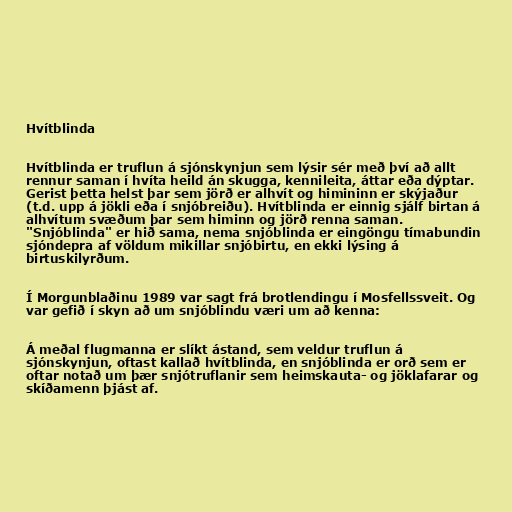
Hvítblinda

Hvítblinda er truflun á sjónskynjun sem lýsir sér með því að allt
rennur saman í hvíta heild án skugga, kennileita, áttar eða dýptar.
Gerist þetta helst þar sem jörð er alhvít og himininn er skýjaður
(t.d. upp á jökli eða í snjóbreiðu). Hvítblinda er einnig sjálf birtan á
alhvítum svæðum þar sem himinn og jörð renna saman.
"Snjóblinda" er hið sama, nema snjóblinda er eingöngu tímabundin
sjóndepra af völdum mikillar snjóbirtu, en ekki lýsing á
birtuskilyrðum.

Í Morgunblaðinu 1989 var sagt frá brotlendingu í Mosfellssveit. Og
var gefið í skyn að um snjóblindu væri um að kenna:

Á meðal flugmanna er slíkt ástand, sem veldur truflun á
sjónskynjun, oftast kallað hvítblinda, en snjóblinda er orð sem er
oftar notað um þær snjótruflanir sem heimskauta- og jöklafarar og
skíðamenn þjást af.